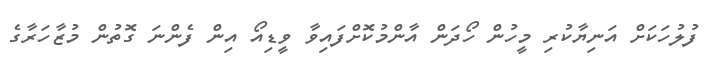
ފުލުހަކަށް އަނިޔާކުރި މީހުން ހޯދަން އާންމުކޮށްފައިވާ ވީޑިއޯ އިން ފެންނަ ގޮތުން މުޒާހަރާގެ